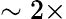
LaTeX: \sim 2\times